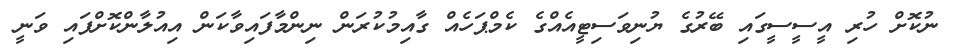
ނުކޮށް ހުރި އީސީސީގައި ބޭރުގެ ޔުނިވަސިޓީއެއްގެ ކެމްޕަހެއް ގާއިމުކުރަން ނިންމާފައިވާކަން އިއުލާންކޮށްފައި ވަނީ